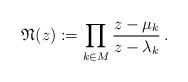
LaTeX: \begin{align*} \mathfrak{N}(z):=\prod_{k\in M}\frac{z-\mu_k}{z-\lambda_k}\,.\end{align*}